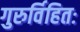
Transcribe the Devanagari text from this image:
गुरुर्विहितः